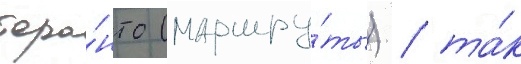
торо́нто (маршру́ты) / та́к